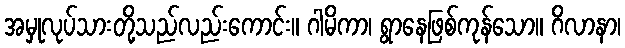
အမှုလုပ်သားတို့သည်လည်းကောင်း။ ဂါမိကာ၊ ရွာနေဖြစ်ကုန်သော။ ဂိလာနာ၊